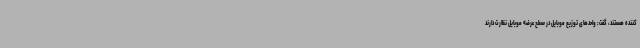
کننده هستند، گفت: واحدهای توزیع موبایل در سطح عرضه موبایل نظارت دارند